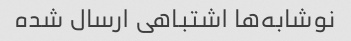
نوشابه‌ها اشتباهی ارسال شده